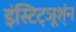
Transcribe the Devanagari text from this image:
इंस्टिट्ञूश्ंन